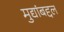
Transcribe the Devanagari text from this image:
मुद्यांबद्दल